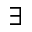
\exists